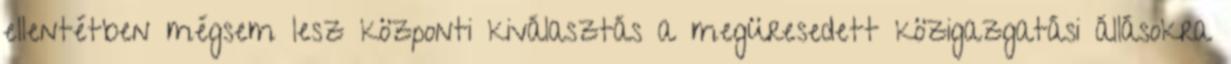
ellentétben mégsem lesz központi kiválasztás a megüresedett közigazgatási állásokra